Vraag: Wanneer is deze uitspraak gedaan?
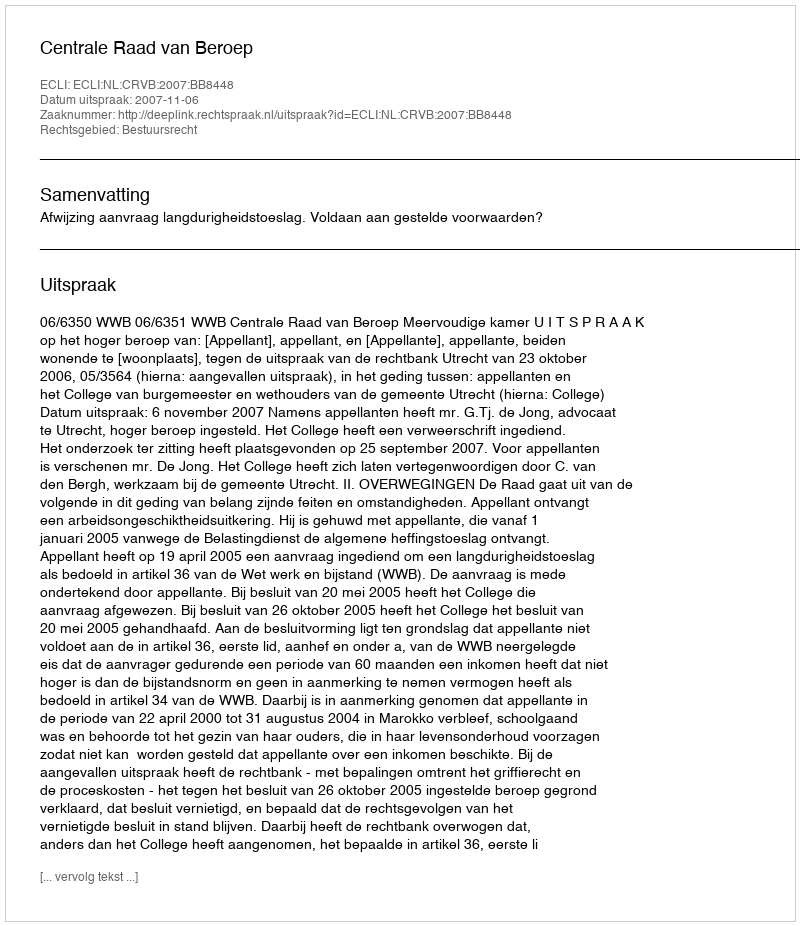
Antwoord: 2007-11-06